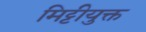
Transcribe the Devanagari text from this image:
मिट्टीयुक्त